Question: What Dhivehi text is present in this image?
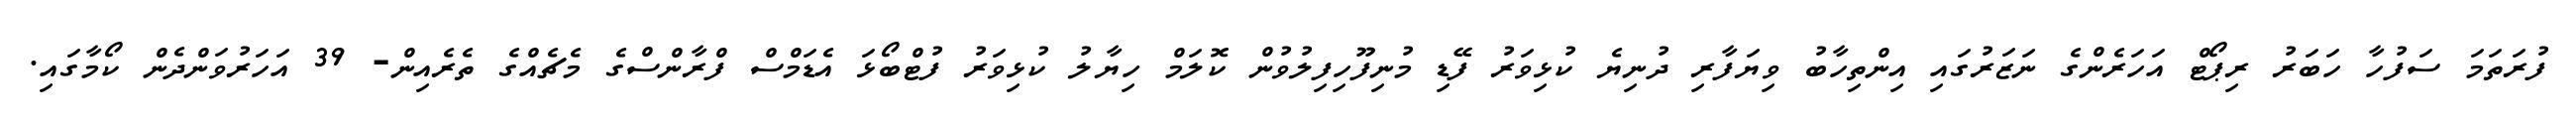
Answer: ފުރަތަމަ ސަފުހާ ހަބަރު ރިޕޯޓް އަހަރެންގެ ނަޒަރުގައި އިންތިހާބު ވިޔަފާރި ދުނިޔެ ކުޅިވަރު ފޭޑި މުނިފޫހިފިލުވުން ކޮލަމް ހިޔާލު ކުޅިވަރު ފުޓްބޯޅަ އެޑަމްސް ފްރާންސްގެ މެޗެއްގެ ތެރެއިން- 39 އަހަރުވަންދެން ކޯމާގައި.